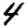
Digit: 4